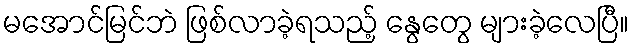
မအောင်မြင်ဘဲ ဖြစ်လာခဲ့ရသည့် နွေတွေ များခဲ့လေပြီ။